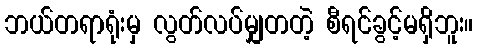
ဘယ်တရာရုံးမှ လွတ်လပ်မျှတတဲ့ စီရင်ခွင့်မရှိဘူး။